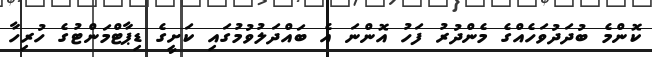
ކޮންމެ ބުދަދުވަހެއްގެ މެންދުރު ފަހު އޮންނަ އެ ބައްދަލުވުމުގައި ކަށީގެ ޑިޕާޓްމަންޓުގެ ހުރިހާ